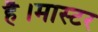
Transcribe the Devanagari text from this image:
है।मास्‍टर